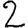
Digit: 2